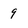
Character: 9